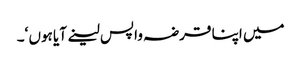
میں اپنا قرضہ واپس لینے آیا ہوں ‘۔